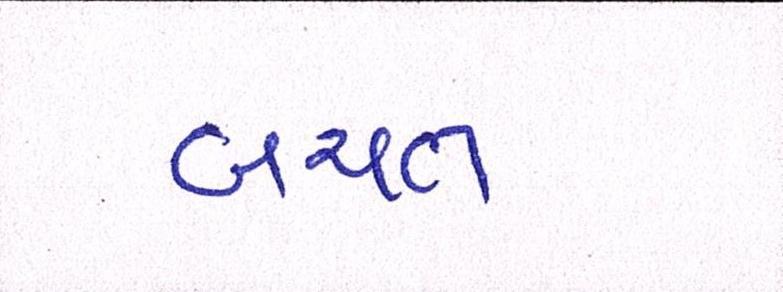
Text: બચત